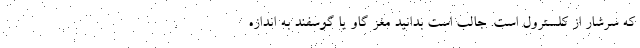
که سرشار از کلسترول است. جالب است بدانید مغز گاو یا گوسفند به اندازه